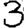
Digit: 3